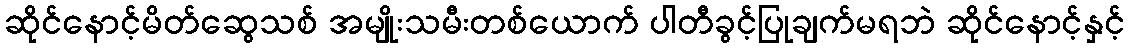
ဆိုင်နောင့်မိတ်ဆွေသစ် အမျိုးသမီးတစ်ယောက် ပါတီခွင့်ပြုချက်မရဘဲ ဆိုင်နောင့်နှင့်